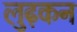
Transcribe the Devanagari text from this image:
लुढ़कन